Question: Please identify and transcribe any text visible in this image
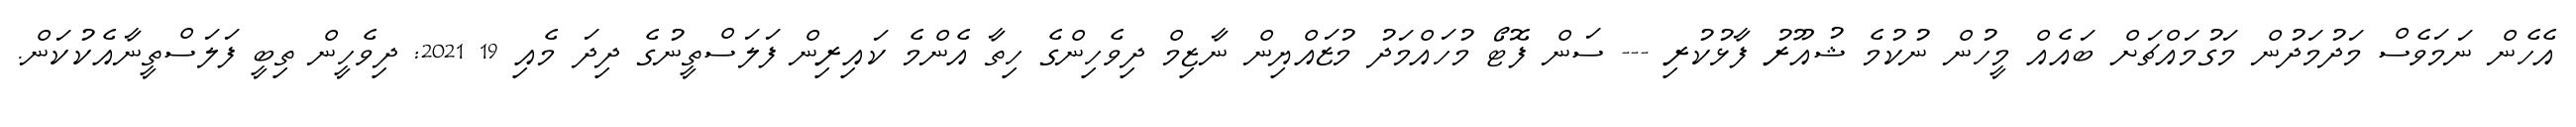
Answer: އެހެން ނަމަވެސް މަދުމަދުން މަގުމައްޗަށް ބައެއް މީހުން ނުކުމެ ޝުއޫރު ފާޅުކުރި --- ސަން ފޮޓޯ މުހައްމަދު މުޒައްޔިން ނާޒިމް ދިވެހިންގެ ހިތާ އެންމެ ކައިރިން ފަލަސްތީނުގެ ދިދަ މެއި 19 2021: ދިވެހީން ތިބީ ފަލަސްތީނާއެކުކަން.